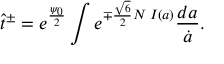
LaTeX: \hat { t } ^ { \pm } = e ^ { \frac { \psi _ { 0 } } { 2 } } \int e ^ { \mp \frac { \sqrt { 6 } } { 2 } N \; I ( a ) } \frac { d a } { \dot { a } } .